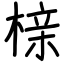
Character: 榇